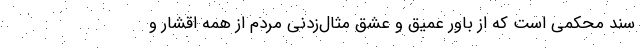
سند محکمی است که از باور عمیق و عشق مثال‌زدنی مردم از همه اقشار و